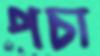
পচা